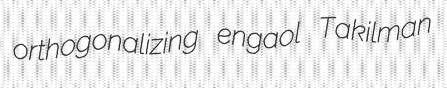
orthogonalizing engaol Takilman